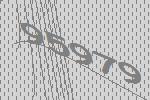
95979